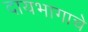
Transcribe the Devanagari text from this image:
दायभागाचे